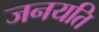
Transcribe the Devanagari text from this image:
जनयति